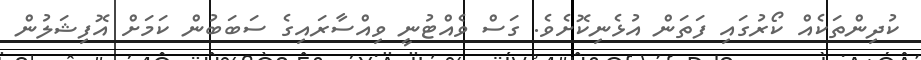
ކުދިންތަކެއް ކޯރުގައި ފަތަން އުޅެނިކޮށެވެ. ގަސް ވެއްޓުނީ ވިއްސާރައިގެ ސަބަބުން ކަމަށް އޮފިޝަލުން